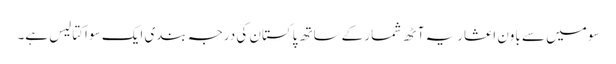
سو میں سے باون اعشاریہ آٹھ شمار کےساتھ پاکستان کی درجہ بندی ایک سو اکتالیس ہے۔